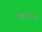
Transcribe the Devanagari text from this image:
महास्नान